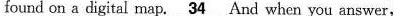
found on a digital map. \underline{34} And when you answer,